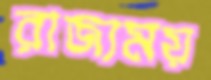
রাজ্যময়